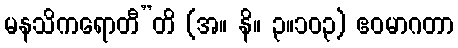
မနသိကရောတီ”တိ (အ။ နိ။ ၃။၁၀၃) ဧဝမာဂတာ